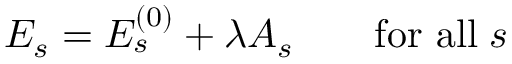
E _ { s } = E _ { s } ^ { ( 0 ) } + \lambda A _ { s } \qquad { \mathrm { f o r ~ a l l } } \; s